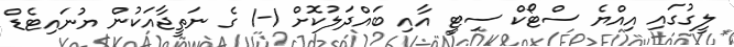
ލީގުގައި އިއްޔެ ސްޓޯކް ސިޓީ އާއި ބައްދަލުކޮށް 1-1 ގެ ނަތީޖާއަކުން ޔުނައިޓެޑް